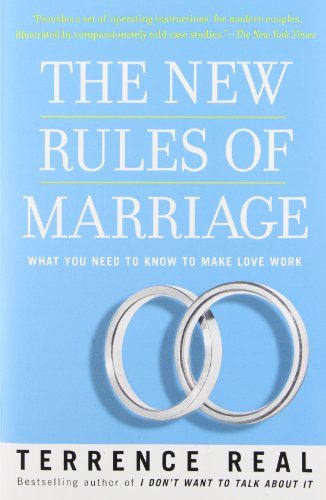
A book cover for The New Rules of Marriage: What You Need to Know to Make Love Work; Terrence Real; Parenting & Relationships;